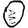
Digit: 0